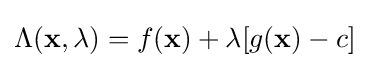
\Lambda (\mathbf {x} ,\lambda )=f(\mathbf {x} )+\lambda [g(\mathbf {x} )-c]